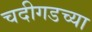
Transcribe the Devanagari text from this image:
चदीगडच्या